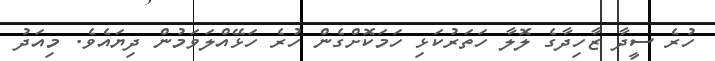
ހުރެ ސީދާ ޒާހިދާގެ ލޮލާ ހަތަރުކަޅި ހަމަކޮށްގެން ހުރެ ހަޅޭއްލަވަމުން ދިޔައެވެ. މިއަދު